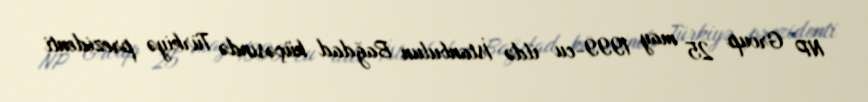
NP Group 25 may 1999-cu ildə İstanbulun Bağdad küçəsində Türkiyə prezidenti